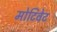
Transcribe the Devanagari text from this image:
मोटिवेट